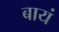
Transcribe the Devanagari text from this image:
बायं